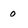
Character: 0